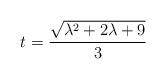
LaTeX: \begin{align*} t = \frac{\sqrt{\lambda^{2} + 2 \lambda + 9}}{3} \end{align*}